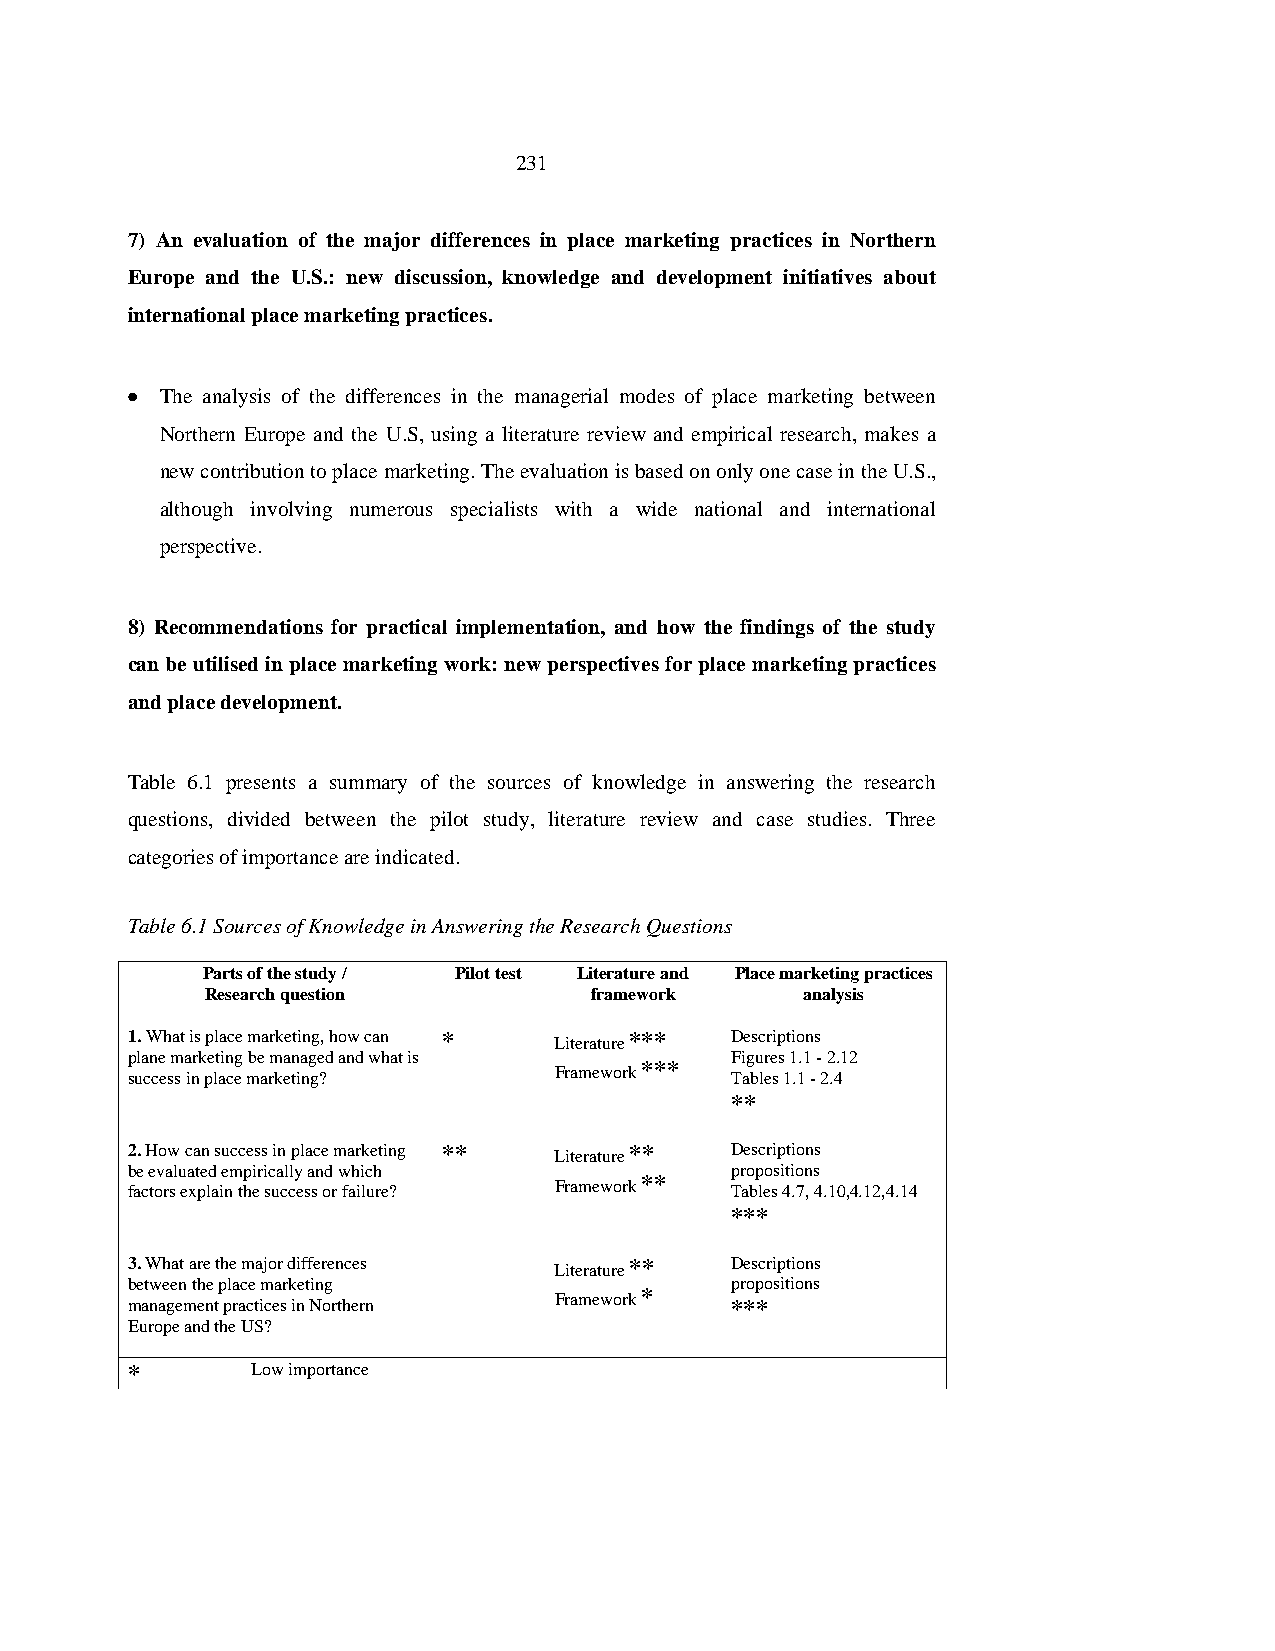
231
 7) An evaluation of the major differences in place marketing practices in Northern
 Europe and the U.S.: new discussion, knowledge and development initiatives about
 international place marketing practices.
 •  The analysis of the differences in the managerial modes of place marketing between
 Northern Europe and the U.S, using a literature review and empirical research, makes a
 new contribution to place marketing. The evaluation is based on only one case in the U.S.,
 although involving numerous specialists with a wide national and international
 perspective.
 8) Recommendations for practical implementation, and how the findings of the study
 can be utilised in place marketing work: new perspectives for place marketing practices
 and place development.
 Table 6.1 presents a summary of the sources of knowledge in answering the research
 questions, divided between the pilot study, literature review and case studies. Three
 categories of importance are indicated.
 Table 6.1 Sources of Knowledge in Answering the Research Questions
 Parts of the study / Pilot test Literature and Place marketing practices
 Research question        framework     analysis
 1. What is place marketing, how can * Literature *** Descriptions
 plane marketing be managed and what is  Figures 1.1 - 2.12
 success in place marketing?  Framework *** Tables 1.1 - 2.4
 **
 2. How can success in place marketing ** Literature ** Descriptions
 be evaluated empirically and which      propositions
 factors explain the success or failure? Framework ** Tables 4.7, 4.10,4.12,4.14
 ***
 3. What are the major differences Literature ** Descriptions
 between the place marketing             propositions
 management practices in Northern Framework * ***
 Europe and the US?
 *        Low importance